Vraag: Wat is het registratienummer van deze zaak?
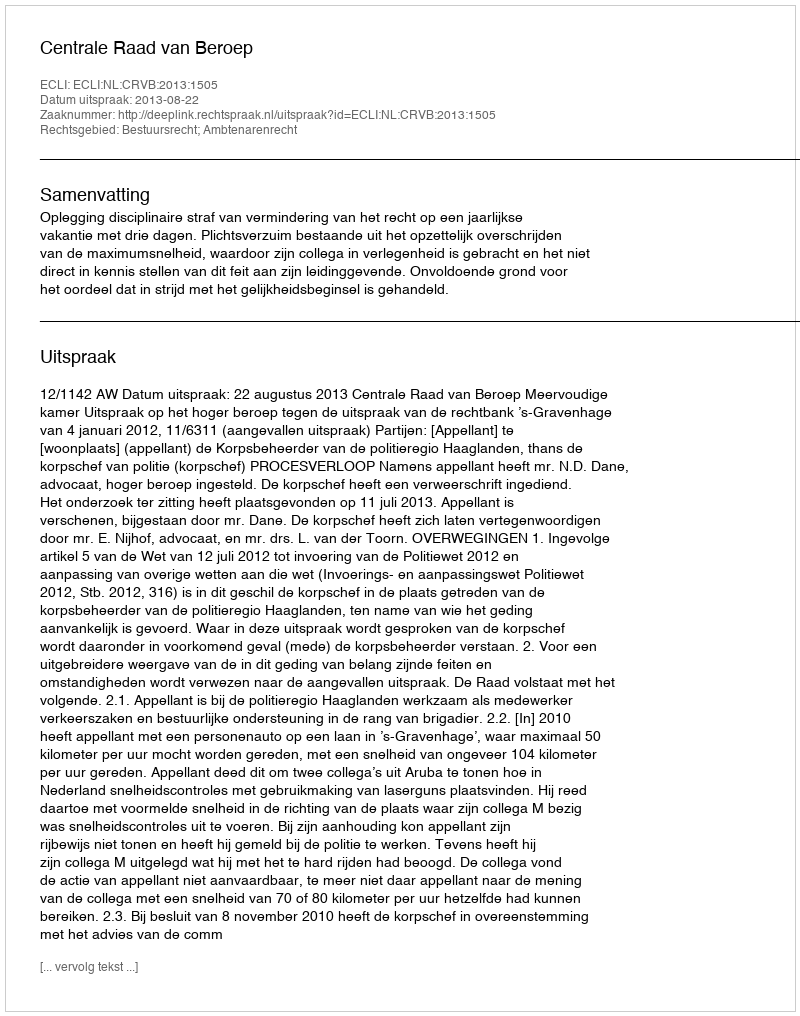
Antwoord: http://deeplink.rechtspraak.nl/uitspraak?id=ECLI:NL:CRVB:2013:1505